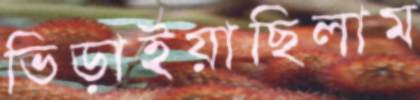
ভিড়াইয়াছিলাম